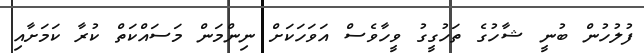
ފުލުހުން ބުނީ ޝާހުގެ ތަހުގީގު ވީހާވެސް އަވަހަކަށް ނިންމަން މަސައްކަތް ކުރާ ކަމަށާއި